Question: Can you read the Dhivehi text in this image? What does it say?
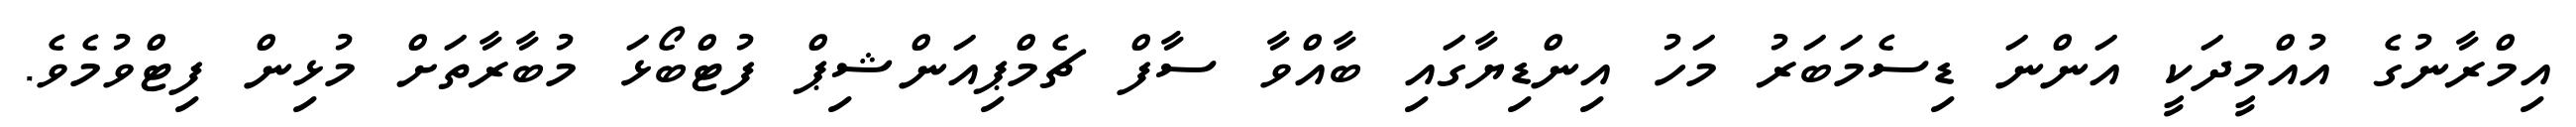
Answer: އިމްރާނުގެ އުއްމީދަކީ އަންނަ ޑިސެމަބަރު މަހު އިންޑިޔާގައި ބާއްވާ ސާފް ޗެމްޕިއަންޝިޕް ފުޓްބޯޅަ މުބާރާތަށް މުޅިން ފިޓްވުމެވެ.